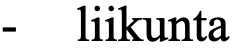
-  liikunta